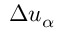
\Delta u _ { \alpha }